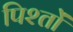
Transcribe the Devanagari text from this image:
पिश्तों